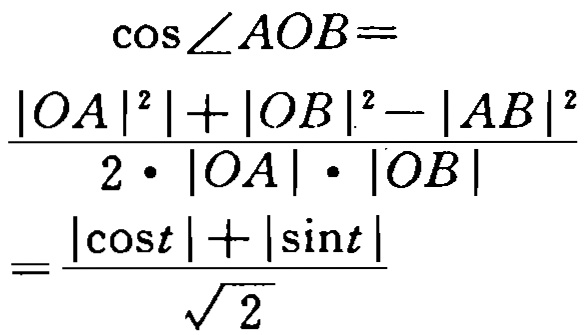
\[\begin{align*}
\cos\angle AOB&=\\
\frac{|OA|^{2}| + |OB|^{2}-|AB|^{2}}{2\cdot|OA|\cdot|OB|}&=\\
\frac{|\cos t|+|\sin t|}{\sqrt{2}}
\end{align*}\]